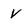
Character: V